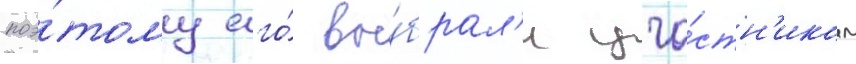
поэ́тому его́ вы́брал'и уча́стн'иком